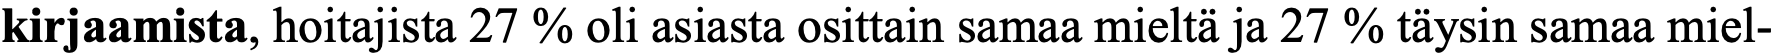
kirjaamista, hoitajista 27 % oli asiasta osittain samaa mieltä ja 27 % täysin samaa miel-